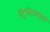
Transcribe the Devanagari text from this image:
ट्रिलियनस